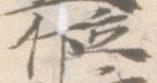
位